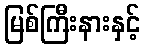
မြစ်ကြီးနားနှင့်